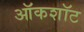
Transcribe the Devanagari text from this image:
ऑकशॉट